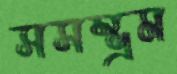
সসম্ভ্রম